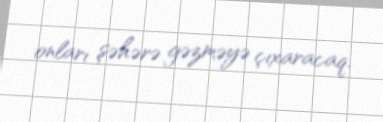
onları şəhərə gəzməyə çıxaracaq.